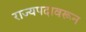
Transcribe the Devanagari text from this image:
राज्यपदावरून